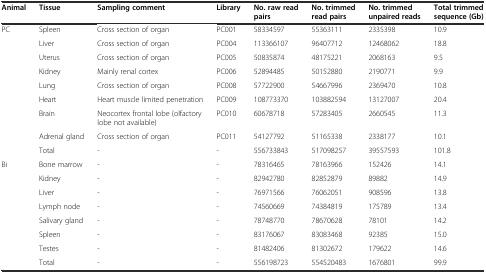
| Animal | Tissue | Sampling comment | Library | No. raw read pairs | No. trimmed read pairs | No. trimmed unpaired reads | Total trimmed sequence (Gb) |
 | --- | --- | --- | --- | --- | --- | --- | --- |
 | <ROWSPAN=9> PC | Spleen | Cross section of organ | PC001 | 58334597 | 55363111 | 2335398 | 10.9 |
 | Liver | Cross section of organ | PC004 | 113366107 | 96407712 | 12468062 | 18.8 |
 | Uterus | Cross section of organ | PC005 | 50835874 | 48175221 | 2068163 | 9.5 |
 | Kidney | Mainly renal cortex | PC006 | 52894485 | 50152880 | 2190771 | 9.9 |
 | Lung | Cross section of organ | PC008 | 57722900 | 54667996 | 2369470 | 10.8 |
 | Heart | Heart muscle limited penetration | PC009 | 108773370 | 103882594 | 13127007 | 20.4 |
 | Brain | Neocortex frontal lobe (olfactory lobe not available) | PC010 | 60678718 | 57283405 | 2660545 | 11.3 |
 | Adrenal gland | Cross section of organ | PC011 | 54127792 | 51165338 | 2338177 | 10.1 |
 | Total | - | - | 556733843 | 517098257 | 39557593 | 101.8 |
 | <ROWSPAN=8> Bi | Bone marrow | - | - | 78316465 | 78163966 | 152426 | 14.1 |
 | Kidney | - | - | 82942780 | 82852879 | 89882 | 14.9 |
 | Liver | - | - | 76971566 | 76062051 | 908596 | 13.8 |
 | Lymph node | - | - | 74560669 | 74384819 | 175789 | 13.4 |
 | Salivary gland | - | - | 78748770 | 78670628 | 78101 | 14.2 |
 | Spleen | - | - | 83176067 | 83083468 | 92385 | 15.0 |
 | Testes | - | - | 81482406 | 81302672 | 179622 | 14.6 |
 | Total | - | - | 556198723 | 554520483 | 1676801 | 99.9 |